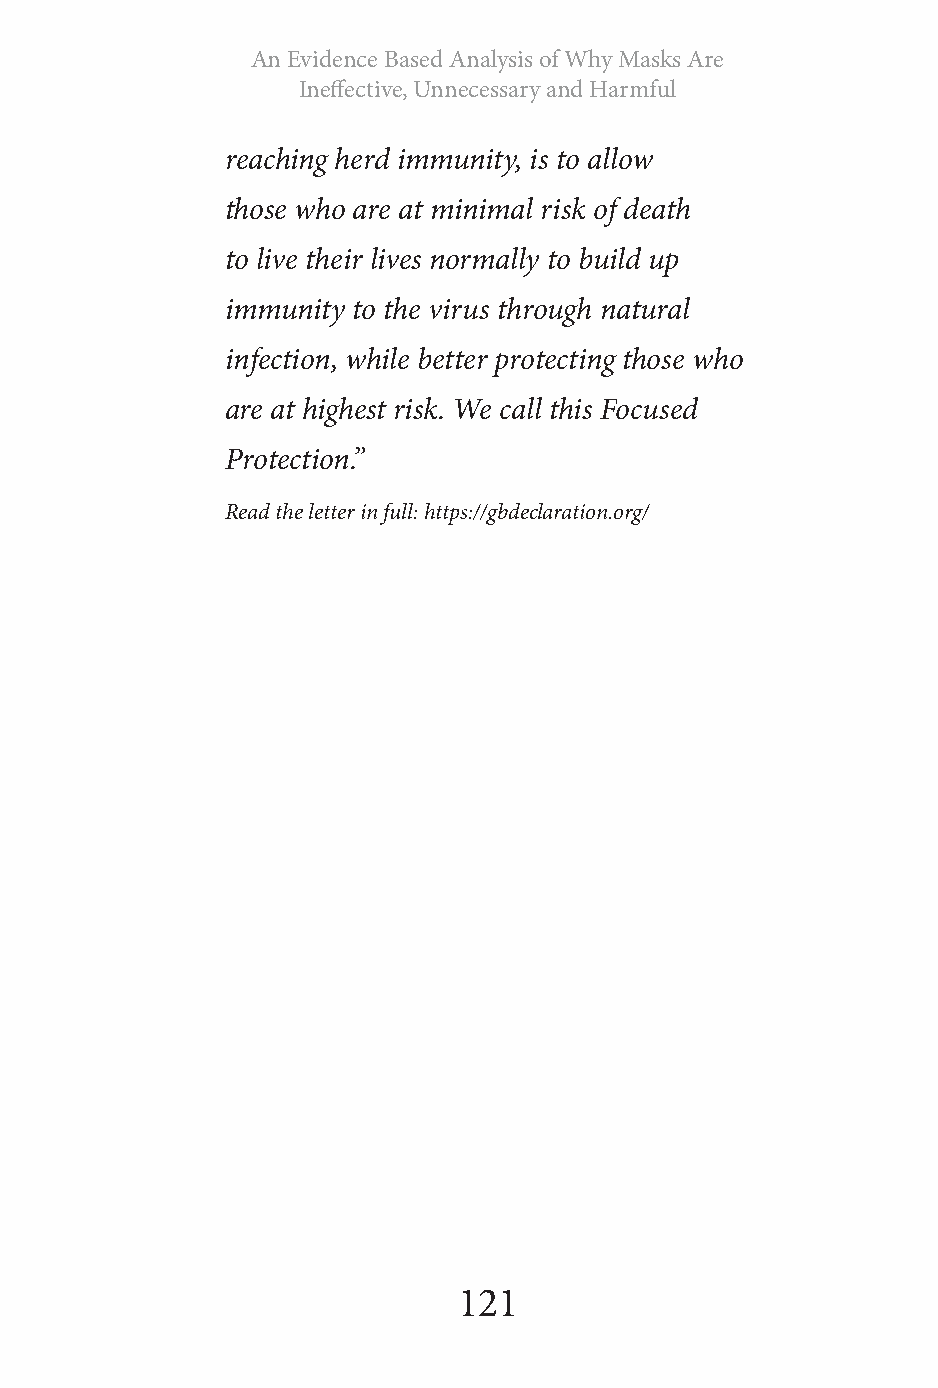
An Evidence Based Analysis of Why Masks Are
 Ineffective, Unnecessary and Harmful
 reaching herd immunity, is to allow
 those who are at minimal risk of death
 to live their lives normally to build up
 immunity to the virus through natural
 infection, while better protecting those who
 are at highest risk. We call this Focused
 Protection.”
 Read the letter in full: https://gbdeclaration.org/
 121